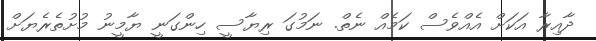
ދާއިރާ އަކަށް އެއްވެސް ކަމެއް ނެތް. ނަމުގަ ރިޔާސީ ހިންގަނީ ޔާމީނު މުށުތެރެޔަށް